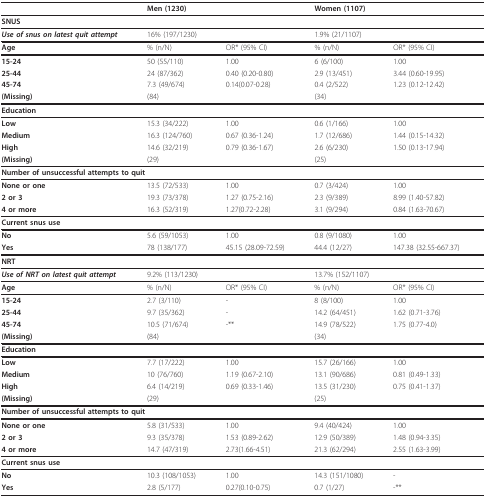
<table><thead><tr><td></td><td colspan="2"><b>Men (1230)</b></td><td colspan="2"><b>Women (1107)</b></td></tr></thead><tbody><tr><td colspan="5"><b>SNUS</b></td></tr><tr><td><b><i>Use of snus on latest quit attempt</i></b></td><td colspan="2">16% (197/1230)</td><td colspan="2">1.9% (21/1107)</td></tr><tr><td><b>Age</b></td><td>% (n/N)</td><td>OR* (95% CI)</td><td>% (n/N)</td><td>OR* (95% CI)</td></tr><tr><td><b>15-24</b></td><td>50 (55/110)</td><td>1.00</td><td>6 (6/100)</td><td>1.00</td></tr><tr><td><b>25-44</b></td><td>24 (87/362)</td><td>0.40 (0.20-0.80)</td><td>2.9 (13/451)</td><td>3.44 (0.60-19.95)</td></tr><tr><td><b>45-74</b></td><td>7.3 (49/674)</td><td>0.14(0.07-0.28)</td><td>0.4 (2/522)</td><td>1.23 (0.12-12.42)</td></tr><tr><td><b>(Missing)</b></td><td>(84)</td><td></td><td>(34)</td><td></td></tr><tr><td colspan="5"><b>Education</b></td></tr><tr><td><b>Low</b></td><td>15.3 (34/222)</td><td>1.00</td><td>0.6 (1/166)</td><td>1.00</td></tr><tr><td><b>Medium</b></td><td>16.3 (124/760)</td><td>0.67 (0.36-1.24)</td><td>1.7 (12/686)</td><td>1.44 (0.15-14.32)</td></tr><tr><td><b>High</b></td><td>14.6 (32/219)</td><td>0.79 (0.36-1.67)</td><td>2.6 (6/230)</td><td>1.50 (0.13-17.94)</td></tr><tr><td><b>(Missing)</b></td><td>(29)</td><td></td><td>(25)</td><td></td></tr><tr><td colspan="5"><b>Number of unsuccessful attempts to quit</b></td></tr><tr><td><b>None or one</b></td><td>13.5 (72/533)</td><td>1.00</td><td>0.7 (3/424)</td><td>1.00</td></tr><tr><td><b>2 or 3</b></td><td>19.3 (73/378)</td><td>1.27 (0.75-2.16)</td><td>2.3 (9/389)</td><td>8.99 (1.40-57.82)</td></tr><tr><td><b>4 or more</b></td><td>16.3 (52/319)</td><td>1.27(0.72-2.28)</td><td>3.1 (9/294)</td><td>0.84 (1.63-70.67)</td></tr><tr><td colspan="5"><b>Current snus use</b></td></tr><tr><td><b>No</b></td><td>5.6 (59/1053)</td><td>1.00</td><td>0.8 (9/1080)</td><td>1.00</td></tr><tr><td><b>Yes</b></td><td>78 (138/177)</td><td>45.15 (28.09-72.59)</td><td>44.4 (12/27)</td><td>147.38 (32.55-667.37)</td></tr><tr><td colspan="5"><b>NRT</b></td></tr><tr><td><b><i>Use of NRT on latest quit attempt</i></b></td><td colspan="2">9.2% (113/1230)</td><td colspan="2">13.7% (152/1107)</td></tr><tr><td><b>Age</b></td><td>% (n/N)</td><td>OR* (95% CI)</td><td>% (n/N)</td><td>OR* (95% CI)</td></tr><tr><td><b>15-24</b></td><td>2.7 (3/110)</td><td>-</td><td>8 (8/100)</td><td>1.00</td></tr><tr><td><b>25-44</b></td><td>9.7 (35/362)</td><td>-</td><td>14.2 (64/451)</td><td>1.62 (0.71-3.76)</td></tr><tr><td><b>45-74</b></td><td>10.5 (71/674)</td><td>-**</td><td>14.9 (78/522)</td><td>1.75 (0.77-4.0)</td></tr><tr><td><b>(Missing)</b></td><td>(84)</td><td></td><td>(34)</td><td></td></tr><tr><td colspan="5"><b>Education</b></td></tr><tr><td><b>Low</b></td><td>7.7 (17/222)</td><td>1.00</td><td>15.7 (26/166)</td><td>1.00</td></tr><tr><td><b>Medium</b></td><td>10 (76/760)</td><td>1.19 (0.67-2.10)</td><td>13.1 (90/686)</td><td>0.81 (0.49-1.33)</td></tr><tr><td><b>High</b></td><td>6.4 (14/219)</td><td>0.69 (0.33-1.46)</td><td>13.5 (31/230)</td><td>0.75 (0.41-1.37)</td></tr><tr><td><b>(Missing)</b></td><td>(29)</td><td></td><td>(25)</td><td></td></tr><tr><td colspan="5"><b>Number of unsuccessful attempts to quit</b></td></tr><tr><td><b>None or one</b></td><td>5.8 (31/533)</td><td>1.00</td><td>9.4 (40/424)</td><td>1.00</td></tr><tr><td><b>2 or 3</b></td><td>9.3 (35/378)</td><td>1.53 (0.89-2.62)</td><td>12.9 (50/389)</td><td>1.48 (0.94-3.35)</td></tr><tr><td><b>4 or more</b></td><td>14.7 (47/319)</td><td>2.73(1.66-4.51)</td><td>21.3 (62/294)</td><td>2.55 (1.63-3.99)</td></tr><tr><td><b>Current snus use</b></td><td></td><td></td><td></td><td></td></tr><tr><td><b>No</b></td><td>10.3 (108/1053)</td><td>1.00</td><td>14.3 (151/1080)</td><td>-</td></tr><tr><td><b>Yes</b></td><td>2.8 (5/177)</td><td>0.27(0.10-0.75)</td><td>0.7 (1/27)</td><td>-**</td></tr></tbody></table>